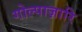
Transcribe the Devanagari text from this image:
गोल्पाज़ारि